Scottish Certificate of Education, 1962
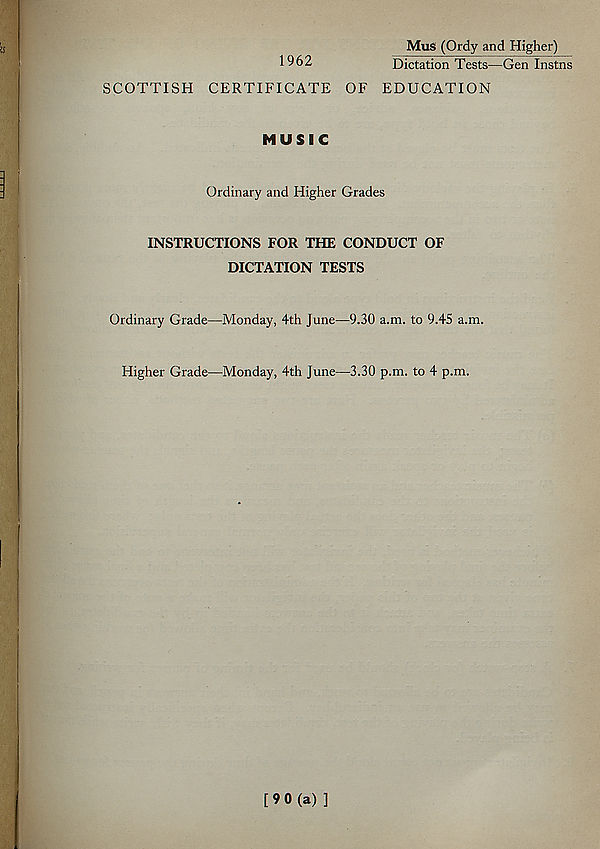
1962
Mus (Ordy and Higher)
Dictation Tests—Gen Instns
SCOTTISH CERTIFICATE OF EDUCATION
MUSIC
Ordinary and Higher Grades
INSTRUCTIONS FOR THE CONDUCT OF
DICTATION TESTS
Ordinary Grade—Monday, 4th June—9.30 a.m. to 9.45 a.m.
Higher Grade—Monday, 4th June—3.30 p.m. to 4 p.m.
[90(a) ]